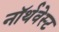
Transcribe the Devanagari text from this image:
नॉर्थवेस्‍ट